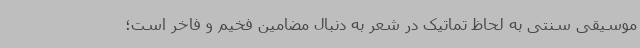
موسیقی سنتی به لحاظ تماتیک در شعر به دنبال مضامین فخیم و فاخر است؛